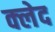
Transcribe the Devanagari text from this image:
क्‍लेद